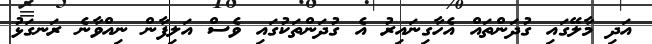
އަދި މާލޭގައި ގުދަންތައް އެހާގިނައިރު އެ ގުދަންތަކުގައި ވެސް އަލިފާން ނިއްވާނެ ރަނގަޅު